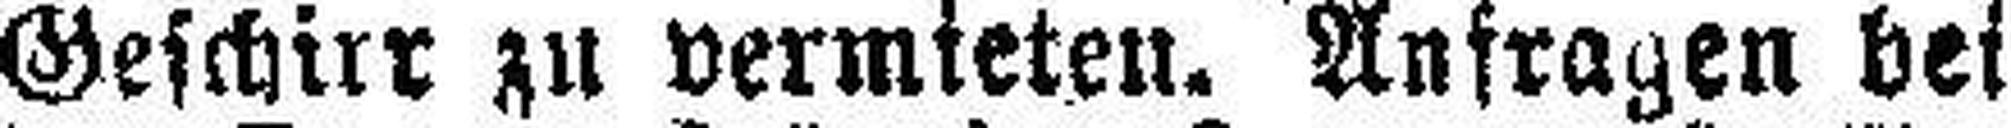
Geschirr zu vermieten. Anfragen bei